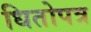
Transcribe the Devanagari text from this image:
धितोपत्र